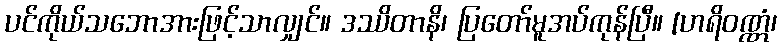
ပင်ကိုယ်သဘောအားဖြင့်သာလျှင်။ ဒဿိတာနိ၊ ပြတော်မူအပ်ကုန်ပြီ။ [ဟရိဝဏ္ဏံ၊